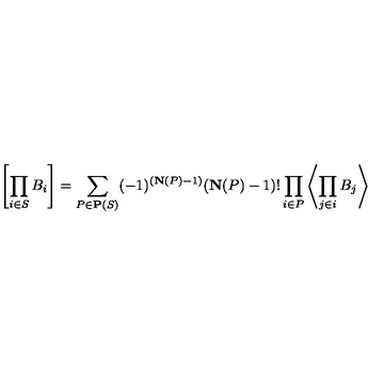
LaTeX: \left[ \prod _ { i \in S } B _ { i } \right] = \sum _ { P \in \mathbf { P } ( S ) } ( - 1 ) ^ { ( \mathbf { N } ( P ) - 1 ) } ( \mathbf { N } ( P ) - 1 ) ! \prod _ { i \in P } \left\langle \prod _ { j \in i } B _ { j } \right\rangle